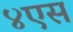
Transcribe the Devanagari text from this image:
४एस